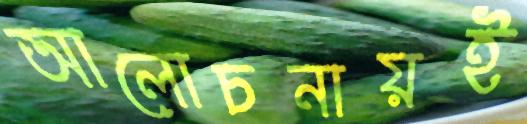
আলোচনায়ই